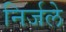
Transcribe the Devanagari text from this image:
निर्जले